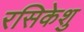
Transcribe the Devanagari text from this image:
रसिकेशु